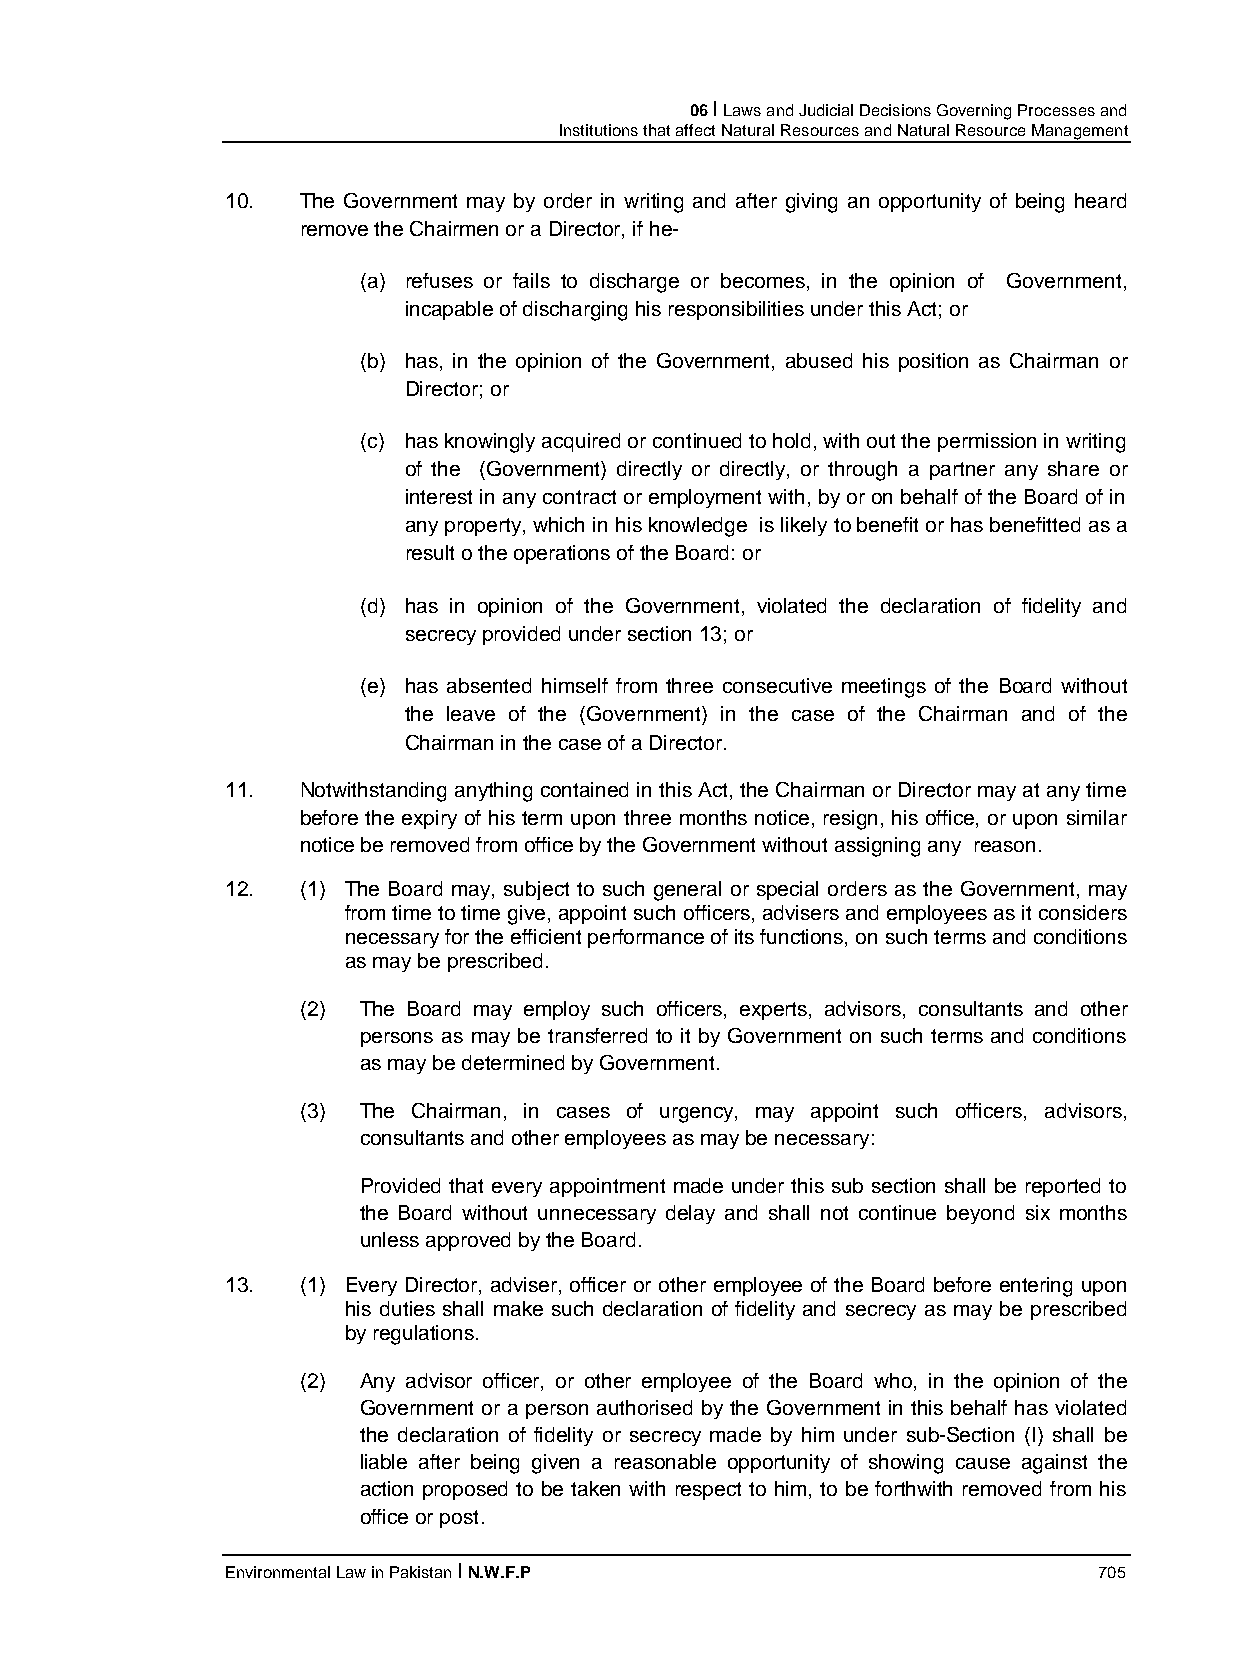
06 I Laws and Judicial Decisions Governing Processes and
 Institutions that affect Natural Resources and Natural Resource Management
 10.  The Government may by order in writing and after giving an opportunity of being heard
 remove the Chairmen or a Director, if he-
 (a) refuses or fails to discharge or becomes, in the opinion of Government,
 incapable of discharging his responsibilities under this Act; or
 (b) has, in the opinion of the Government, abused his position as Chairman or
 Director; or
 (c) has knowingly acquired or continued to hold, with out the permission in writing
 of the (Government) directly or directly, or through a partner any share or
 interest in any contract or employment with, by or on behalf of the Board of in
 any property, which in his knowledge is likely to benefit or has benefitted as a
 result o the operations of the Board: or
 (d) has in opinion of the Government, violated the declaration of fidelity and
 secrecy provided under section 13; or
 (e) has absented himself from three consecutive meetings of the Board without
 the leave of the (Government) in the case of the Chairman and of the
 Chairman in the case of a Director.
 11.  Notwithstanding anything contained in this Act, the Chairman or Director may at any time
 before the expiry of his term upon three months notice, resign, his office, or upon similar
 notice be removed from office by the Government without assigning any reason.
 12.  (1) The Board may, subject to such general or special orders as the Government, may
 from time to time give, appoint such officers, advisers and employees as it considers
 necessary for the efficient performance of its functions, on such terms and conditions
 as may be prescribed.
 (2) The Board may employ such officers, experts, advisors, consultants and other
 persons as may be transferred to it by Government on such terms and conditions
 as may be determined by Government.
 (3) The Chairman, in cases of urgency, may appoint such officers, advisors,
 consultants and other employees as may be necessary:
 Provided that every appointment made under this sub section shall be reported to
 the Board without unnecessary delay and shall not continue beyond six months
 unless approved by the Board.
 13.  (1) Every Director, adviser, officer or other employee of the Board before entering upon
 his duties shall make such declaration of fidelity and secrecy as may be prescribed
 by regulations.
 (2) Any advisor officer, or other employee of the Board who, in the opinion of the
 Government or a person authorised by the Government in this behalf has violated
 the declaration of fidelity or secrecy made by him under sub-Section (I) shall be
 liable after being given a reasonable opportunity of showing cause against the
 action proposed to be taken with respect to him, to be forthwith removed from his
 office or post.
 Environmental Law in Pakistan I N.W.F.P                   705